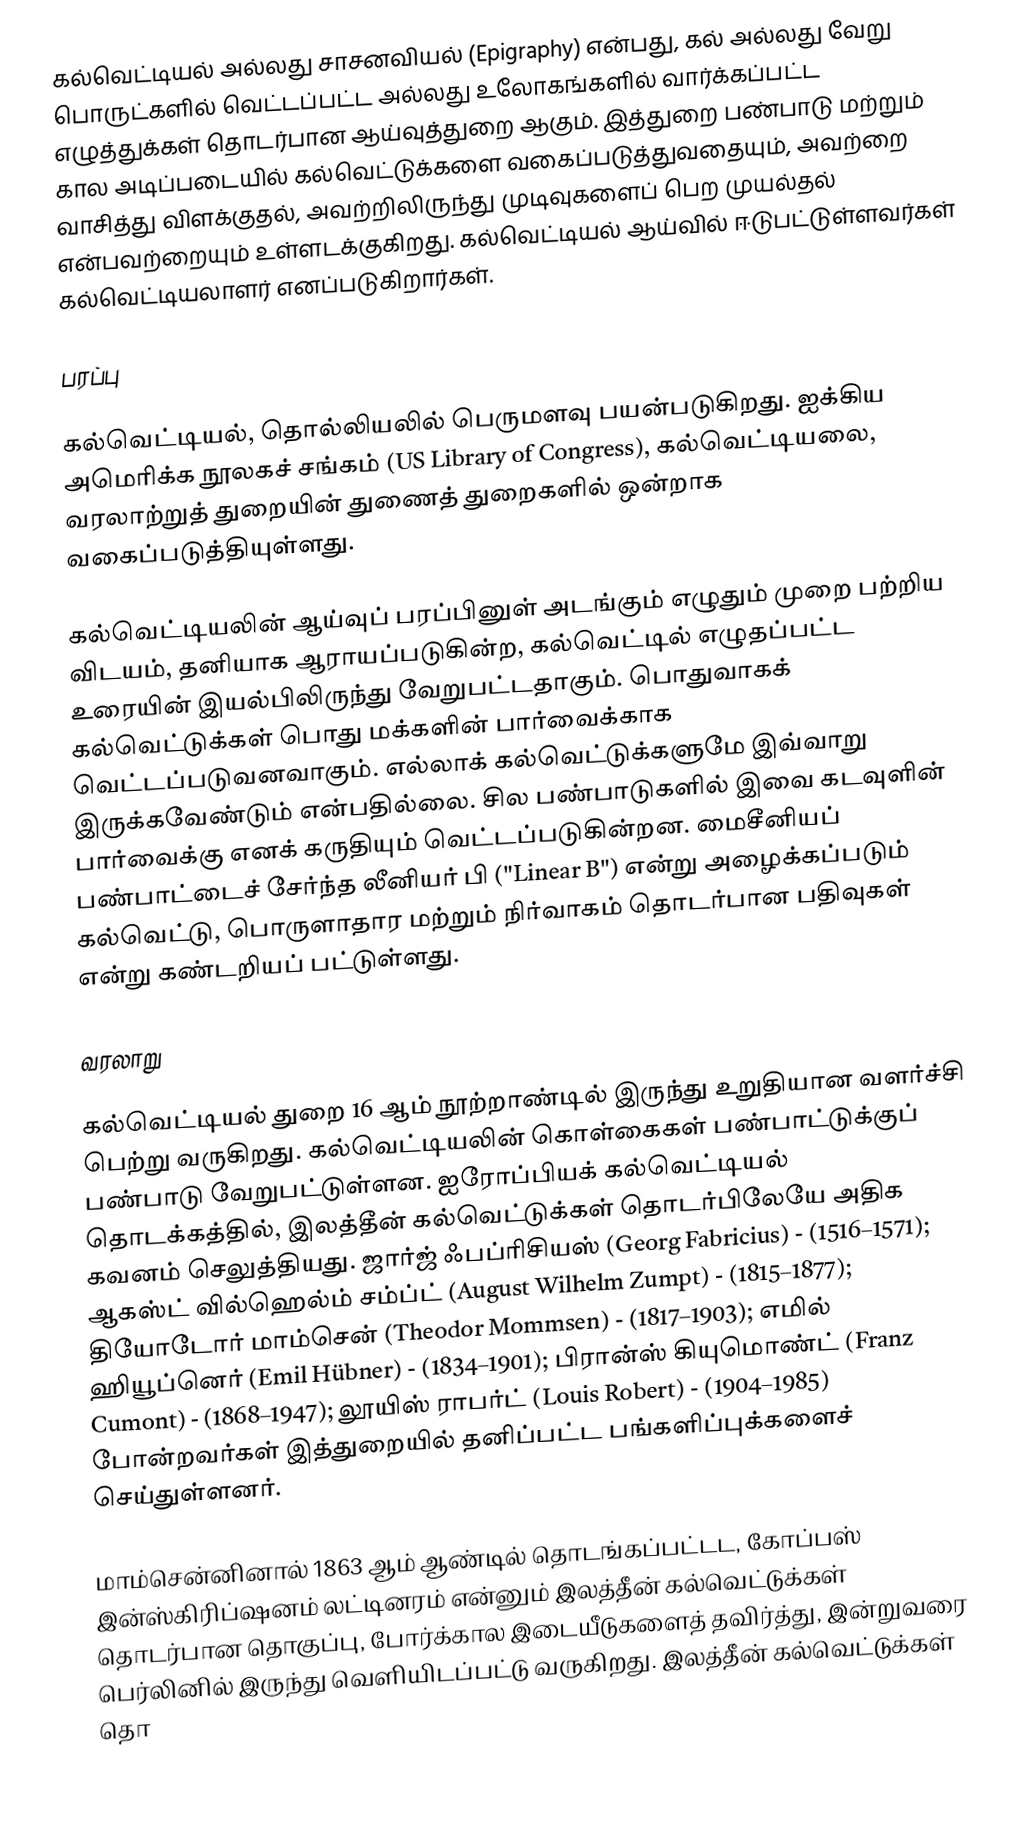
கல்வெட்டியல் அல்லது சாசனவியல் (Epigraphy) என்பது, கல் அல்லது வேறு பொருட்களில் வெட்டப்பட்ட அல்லது உலோகங்களில் வார்க்கப்பட்ட எழுத்துக்கள் தொடர்பான ஆய்வுத்துறை ஆகும். இத்துறை பண்பாடு மற்றும் கால அடிப்படையில் கல்வெட்டுக்களை வகைப்படுத்துவதையும், அவற்றை வாசித்து விளக்குதல், அவற்றிலிருந்து முடிவுகளைப் பெற முயல்தல் என்பவற்றையும் உள்ளடக்குகிறது. கல்வெட்டியல் ஆய்வில் ஈடுபட்டுள்ளவர்கள் கல்வெட்டியலாளர் எனப்படுகிறார்கள்.

பரப்பு

கல்வெட்டியல், தொல்லியலில் பெருமளவு பயன்படுகிறது. ஐக்கிய அமெரிக்க நூலகச் சங்கம் (US Library of Congress), கல்வெட்டியலை, வரலாற்றுத் துறையின் துணைத் துறைகளில் ஒன்றாக வகைப்படுத்தியுள்ளது.

கல்வெட்டியலின் ஆய்வுப் பரப்பினுள் அடங்கும் எழுதும் முறை பற்றிய விடயம், தனியாக ஆராயப்படுகின்ற, கல்வெட்டில் எழுதப்பட்ட உரையின் இயல்பிலிருந்து வேறுபட்டதாகும். பொதுவாகக் கல்வெட்டுக்கள் பொது மக்களின் பார்வைக்காக வெட்டப்படுவனவாகும். எல்லாக் கல்வெட்டுக்களுமே இவ்வாறு இருக்கவேண்டும் என்பதில்லை. சில பண்பாடுகளில் இவை கடவுளின் பார்வைக்கு எனக் கருதியும் வெட்டப்படுகின்றன. மைசீனியப் பண்பாட்டைச் சேர்ந்த லீனியர் பி ("Linear B") என்று அழைக்கப்படும் கல்வெட்டு, பொருளாதார மற்றும் நிர்வாகம் தொடர்பான பதிவுகள் என்று கண்டறியப் பட்டுள்ளது.

வரலாறு

கல்வெட்டியல் துறை 16 ஆம் நூற்றாண்டில் இருந்து உறுதியான வளர்ச்சி பெற்று வருகிறது. கல்வெட்டியலின் கொள்கைகள் பண்பாட்டுக்குப் பண்பாடு வேறுபட்டுள்ளன. ஐரோப்பியக் கல்வெட்டியல் தொடக்கத்தில், இலத்தீன் கல்வெட்டுக்கள் தொடர்பிலேயே அதிக கவனம் செலுத்தியது. ஜார்ஜ் ஃபப்ரிசியஸ் (Georg Fabricius) - (1516–1571); ஆகஸ்ட் வில்ஹெல்ம் சம்ப்ட் (August Wilhelm Zumpt) - (1815–1877); தியோடோர் மாம்சென் (Theodor Mommsen) - (1817–1903); எமில் ஹியூப்னெர் (Emil Hübner) - (1834–1901); பிரான்ஸ் கியுமொண்ட் (Franz Cumont) - (1868–1947); லூயிஸ் ராபர்ட் (Louis Robert) - (1904–1985) போன்றவர்கள் இத்துறையில் தனிப்பட்ட பங்களிப்புக்களைச் செய்துள்ளனர்.

மாம்சென்னினால் 1863 ஆம் ஆண்டில் தொடங்கப்பட்டட, கோப்பஸ் இன்ஸ்கிரிப்ஷனம் லட்டினரம் என்னும் இலத்தீன் கல்வெட்டுக்கள் தொடர்பான தொகுப்பு, போர்க்கால இடையீடுகளைத் தவிர்த்து, இன்றுவரை பெர்லினில் இருந்து வெளியிடப்பட்டு வருகிறது. இலத்தீன் கல்வெட்டுக்கள் தொ